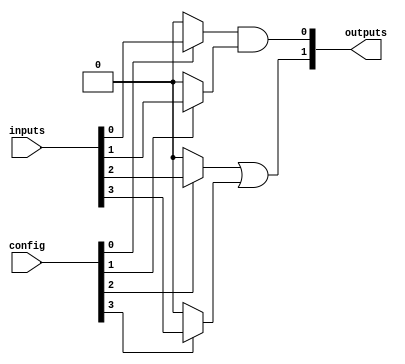
module programmable_logic_block #(
    parameter NUM_INPUTS = 4,
    parameter NUM_OUTPUTS = 2,
    parameter SRAM_SIZE = 16
)(
    input wire [NUM_INPUTS-1:0] inputs,              // Inputs to the logic block
    input wire [SRAM_SIZE-1:0] config,               // Configuration bits stored in SRAM
    output wire [NUM_OUTPUTS-1:0] outputs            // Outputs from the logic block
);

// Define internal wires for each logic gate
wire [NUM_INPUTS-1:0] muxed_inputs;
wire [NUM_OUTPUTS-1:0] intermediate; // Internal connections for outputs

// Multiplexers for selecting inputs based on the configuration
generate
    genvar i;
    for (i = 0; i < NUM_INPUTS; i = i + 1) begin : mux_block
        // Simple example of input multiplexing
        assign muxed_inputs[i] = (config[i]) ? inputs[i] : 1'b0; // Select input or ground based on configuration
    end
endgenerate

// Combinational Logic Implementation (AND, OR, NOT, etc.)
assign intermediate[0] = muxed_inputs[0] & muxed_inputs[1]; // Example: AND gate
assign intermediate[1] = muxed_inputs[2] | muxed_inputs[3]; // Example: OR gate

// Output logic (can be further connected based on configuration)
generate
    genvar j;
    for (j = 0; j < NUM_OUTPUTS; j = j + 1) begin : output_assignment
        assign outputs[j] = intermediate[j]; // Directly passing intermediate to outputs
    end
endgenerate

endmodule